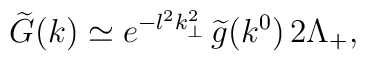
\widetilde{G}(k) \simeq e^{-l^2 k_{\perp}^2}\,\widetilde{g}(k^0)  \,2\Lambda_{+},